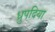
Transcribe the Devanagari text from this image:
ध्रुपदिया